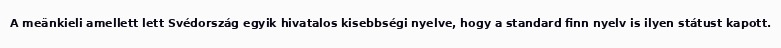
A meänkieli amellett lett Svédország egyik hivatalos kisebbségi nyelve, hogy a standard finn nyelv is ilyen státust kapott.